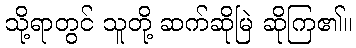
သို့ရာတွင် သူတို့ ဆက်ဆိုမြဲ ဆိုကြ၏။